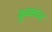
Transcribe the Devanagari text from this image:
युवकांवर